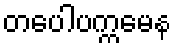
တပေါပက္ကမေန